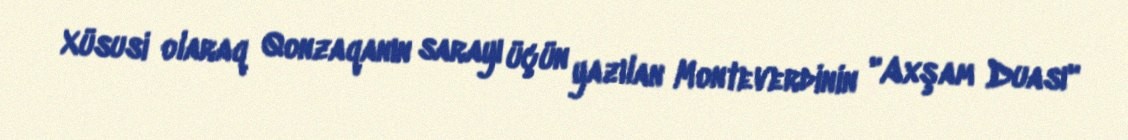
Xüsusi olaraq Qonzaqanın sarayı üçün yazılan Monteverdinin "Axşam Duası"